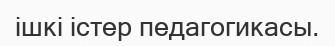
ішкі істер педагогикасы.